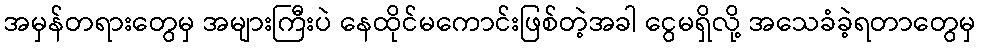
အမှန်တရားတွေမှ အများကြီးပဲ နေထိုင်မကောင်းဖြစ်တဲ့အခါ ငွေမရှိလို့ အသေခံခဲ့ရတာတွေမှ